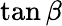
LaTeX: \tan\beta